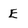
Character: E